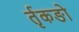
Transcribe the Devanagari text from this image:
र्तृकङो